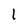
Character: 1